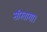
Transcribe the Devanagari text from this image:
सीखाया।